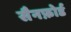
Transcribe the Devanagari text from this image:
सैनफ़ोर्ड